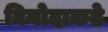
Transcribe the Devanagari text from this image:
विनोदाकडे